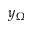
y _ { \Omega }